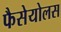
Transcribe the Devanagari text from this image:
फैसेयोलस